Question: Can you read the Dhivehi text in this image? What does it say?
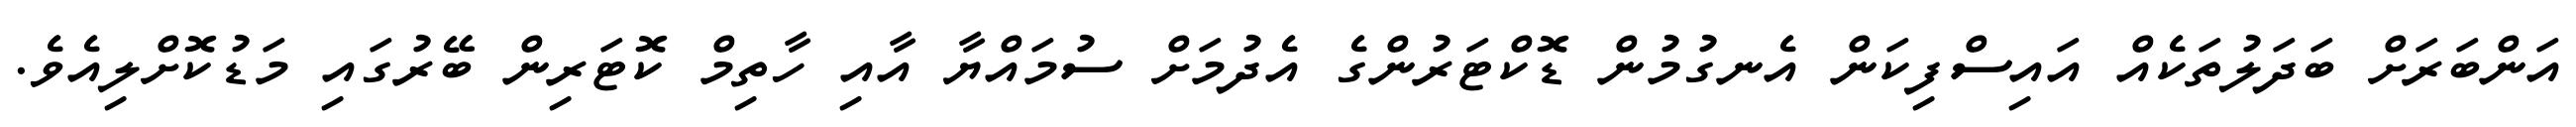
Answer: އަންބަރަށް ބަދަލުތަކެއް އައިސްފިކަން އެނގުމުން ޑޮކްޓަރުންގެ އެދުމަށް ސުމައްޔާ އާއި ހާތިމް ކޮޓަރިން ބޭރުގައި މަޑުކޮށްލިއެވެ.